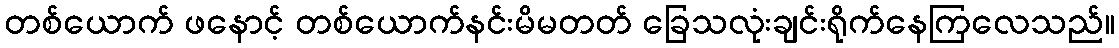
တစ်ယောက် ဖနောင့် တစ်ယောက်နင်းမိမတတ် ခြေသလုံးချင်းရိုက်နေကြလေသည်။